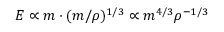
E \propto m \cdot ( m / \rho ) ^ { 1 / 3 } \propto m ^ { 4 / 3 } \rho ^ { - 1 / 3 }